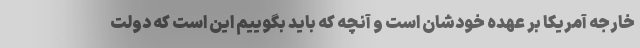
خارجه آمریکا بر عهده خودشان است و آنچه که باید بگوییم این است که دولت